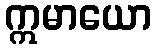
ဣမာယော